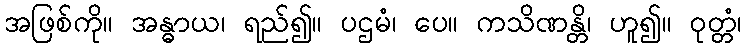
အဖြစ်ကို။ အန္ဓာယ၊ ရည်၍။ ပဌမံ၊ ပေ။ ကသိဏန္တိ၊ ဟူ၍။ ဝုတ္တံ၊